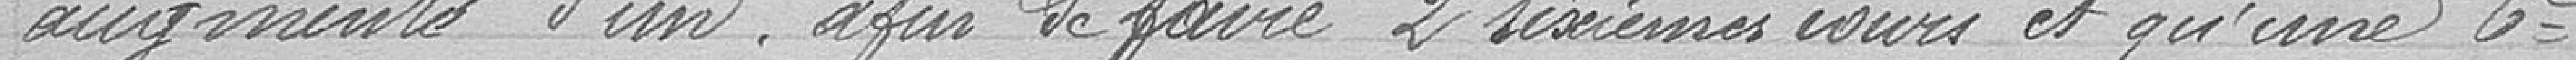
augmenté d'un afin de faire 2 sixièmes cours et qu'une sixième